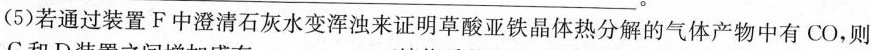
(5)若通过装置F中澄清石灰水变浑浊来证明草酸亚铁晶体热分解的气体产物中有CO，则